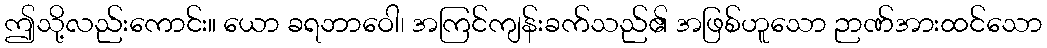
ဤသို့လည်းကောင်း။ ယော ခရဘာဝေါ၊ အကြင်ကျန်းခက်သည်၏ အဖြစ်ဟူသော ဉာဏ်အားထင်သော